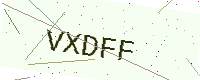
Text: VXDFF